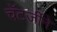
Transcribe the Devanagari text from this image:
चॅटर्जीने